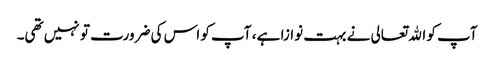
آپ کو اﷲتعالی نے بہت نوازا ہے ، آپ کو اس کی ضرورت تو نہیں تھی۔